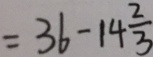
= 3 6 - 1 4 \frac { 2 } { 3 }